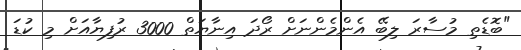
"ބޮޑެތި މުސާރަ ލިބޭ އެންމެންނަށް ރޯދަ އިނާޔަތް 3000 ރުފިޔާއަށް މި ކުޑަ